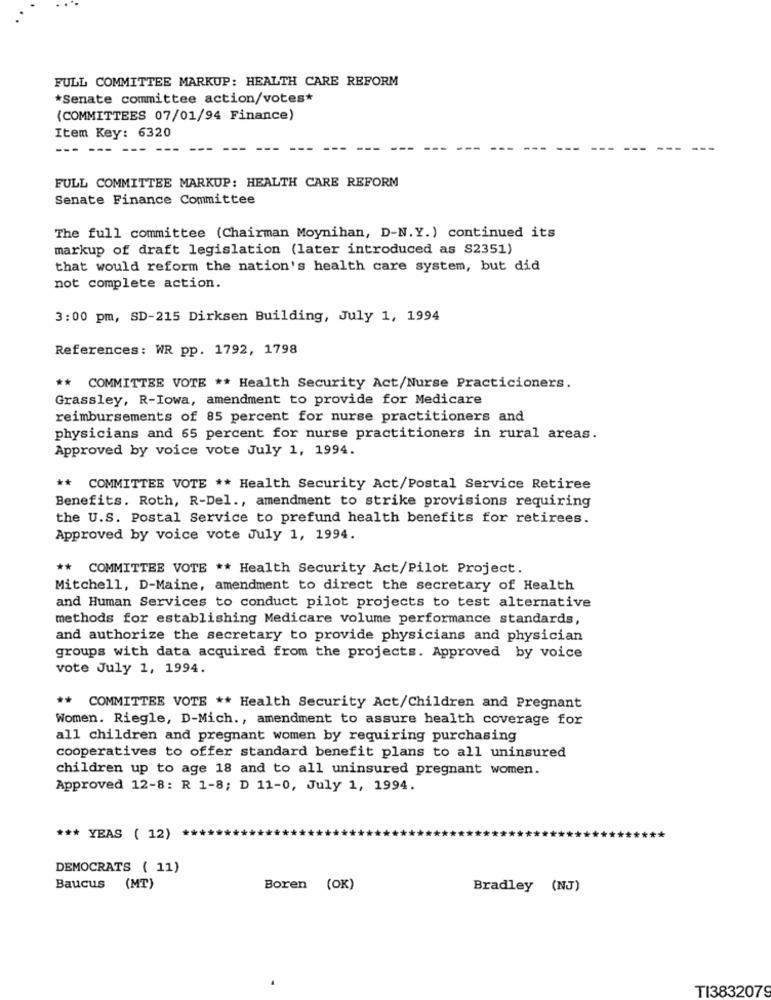
FULL COMMITTEE MARKUP: HEALTH CARE REFORM
*Senate committee action/votes*
(COMMITTEES 07/01/94 Finance)
Item Key: 6320
--- ---
FULL COMMITTEE MARKUP: HEALTH CARE REFORM
Senate Finance Committee
The full committee (Chairman Moynihan, D-N.Y.) continued its
markup of draft legislation (later introduced as S2351)
that would reform the nation's health care system, but did
not complete action.
3:00 pm, SD-215 Dirksen Building, July 1, 1994
References: WR pp. 1792, 1798
** COMMITTEE VOTE ** Health Security Act/Nurse Practicioners.
Grassley, R-Iowa, amendment to provide for Medicare
reimbursements of 85 percent for nurse practitioners and
physicians and 65 percent for nurse practitioners in rural areas.
Approved by voice vote July 1, 1994.
** COMMITTEE VOTE ** Health Security Act/Postal Service Retiree
Benefits. Roth, R-Del ., amendment to strike provisions requiring
the U.S. Postal Service to prefund health benefits for retirees.
Approved by voice vote July 1, 1994.
** COMMITTEE VOTE ** Health Security Act/Pilot Project.
Mitchell, D-Maine, amendment to direct the secretary of Health
and Human Services to conduct pilot projects to test alternative
methods for establishing Medicare volume performance standards,
and authorize the secretary to provide physicians and physician
groups with data acquired from the projects. Approved by voice
vote July 1, 1994.
** COMMITTEE VOTE ** Health Security Act/Children and Pregnant
Women. Riegle, D-Mich ., amendment to assure health coverage for
all children and pregnant women by requiring purchasing
cooperatives to offer standard benefit plans to all uninsured
children up to age 18 and to all uninsured pregnant women.
Approved 12-8: R 1-8; D 11-0, July 1, 1994.
*** YEAS ( 12)
DEMOCRATS ( 11)
Baucus (MT)
Boren (OK)
Bradley (NJ)
TI3832079